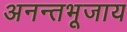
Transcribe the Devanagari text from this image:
अनन्तभूजाय